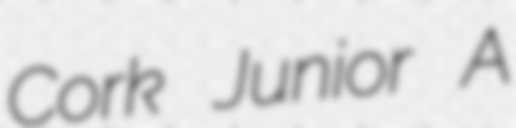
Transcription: Cork Junior A